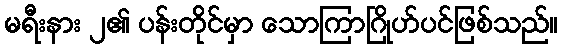
မရီးနား ၂၏ ပန်းတိုင်မှာ သောကြာဂြိုဟ်ပင်ဖြစ်သည်။